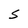
Character: S